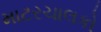
માટરચાલકો